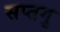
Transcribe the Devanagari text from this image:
सप्तगु